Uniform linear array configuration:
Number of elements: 32
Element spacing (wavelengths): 0.25
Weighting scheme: blackman
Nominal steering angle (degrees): -15
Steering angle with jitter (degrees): -13.166
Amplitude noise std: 0.05
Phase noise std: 0.05

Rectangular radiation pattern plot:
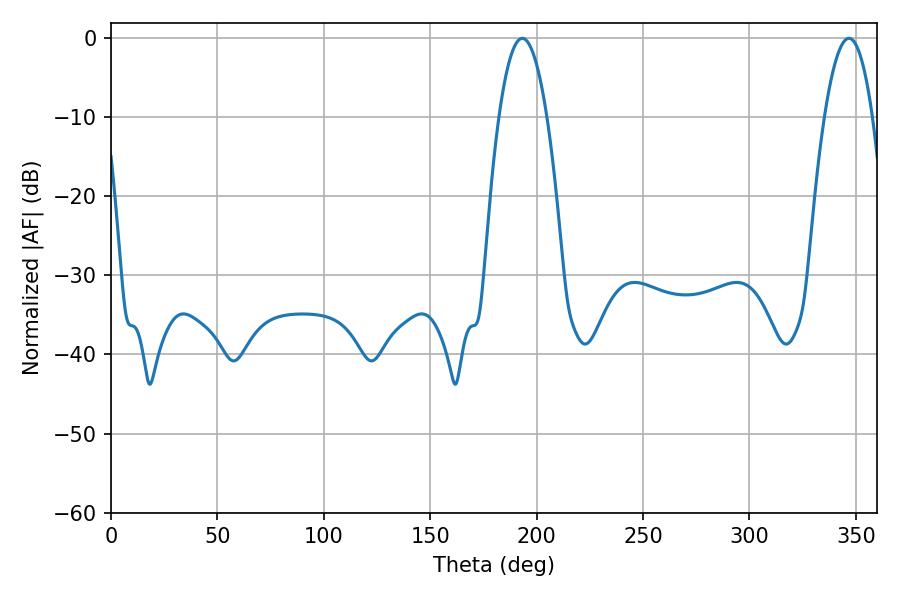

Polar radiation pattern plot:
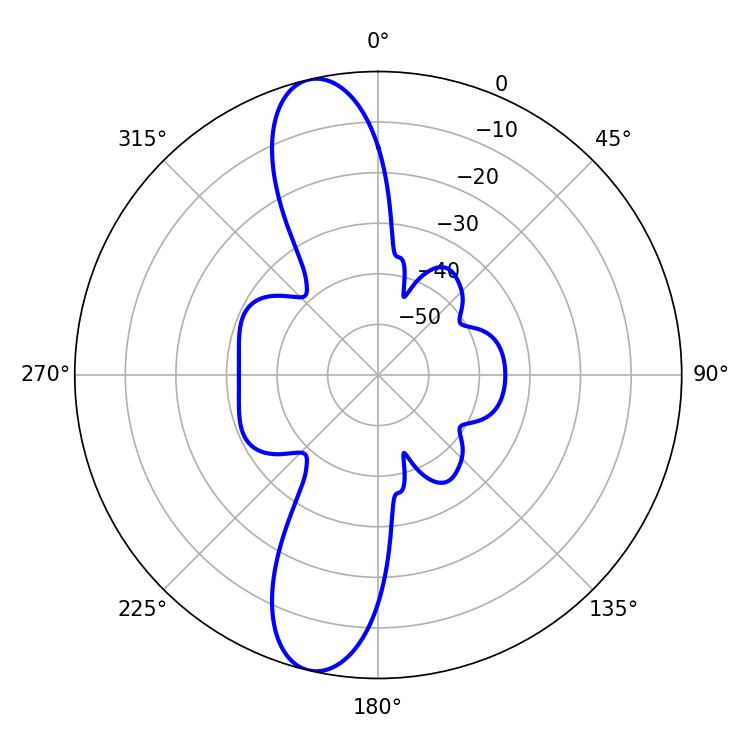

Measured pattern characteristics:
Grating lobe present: FALSE
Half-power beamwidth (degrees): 12.42
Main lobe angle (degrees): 193.32